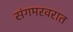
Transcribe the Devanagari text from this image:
संगमरवरात